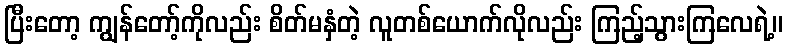
ပြီးတော့ ကျွန်တော့်ကိုလည်း စိတ်မနှံတဲ့ လူတစ်ယောက်လိုလည်း ကြည့်သွားကြလေရဲ့။